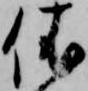
依